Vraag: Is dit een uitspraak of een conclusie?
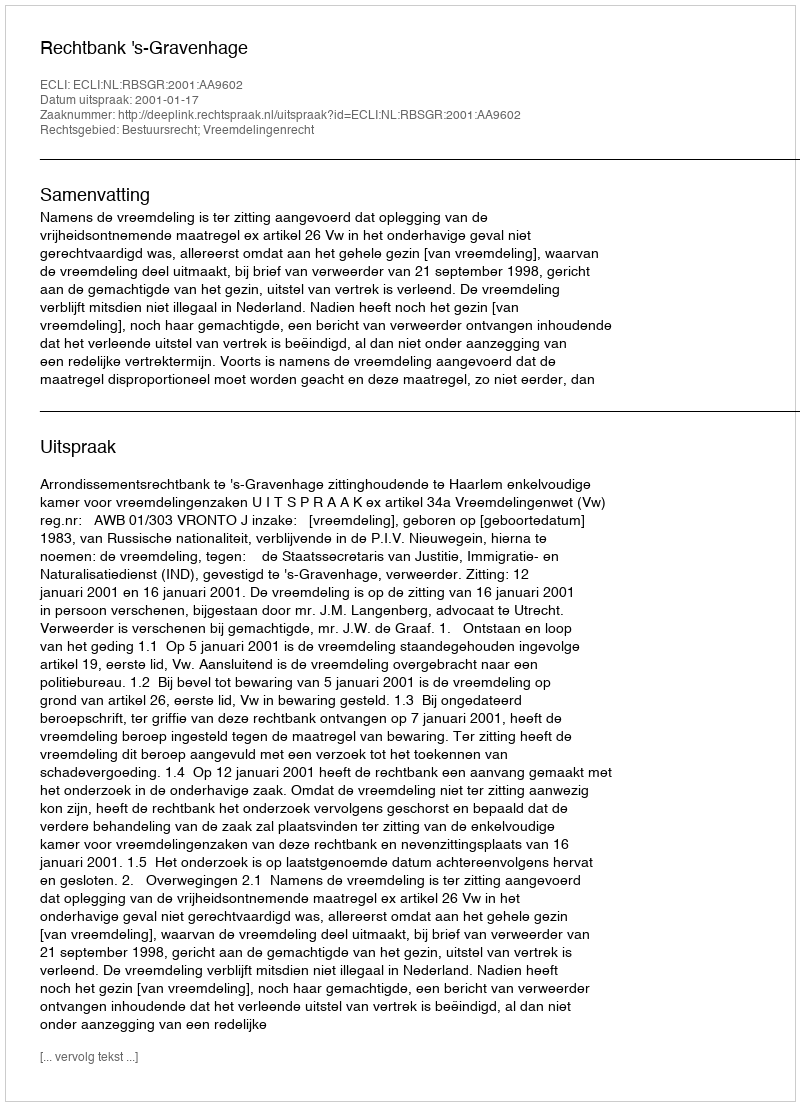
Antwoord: Uitspraak